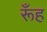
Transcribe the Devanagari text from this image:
रूँह